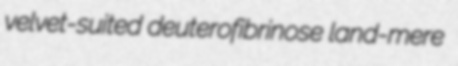
velvet-suited deuterofibrinose land-mere